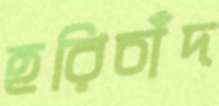
হরিচাঁদ